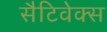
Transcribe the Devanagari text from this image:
सैटिवेक्स